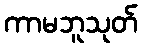
ကာမဘူသုတ်